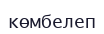
көмбелеп